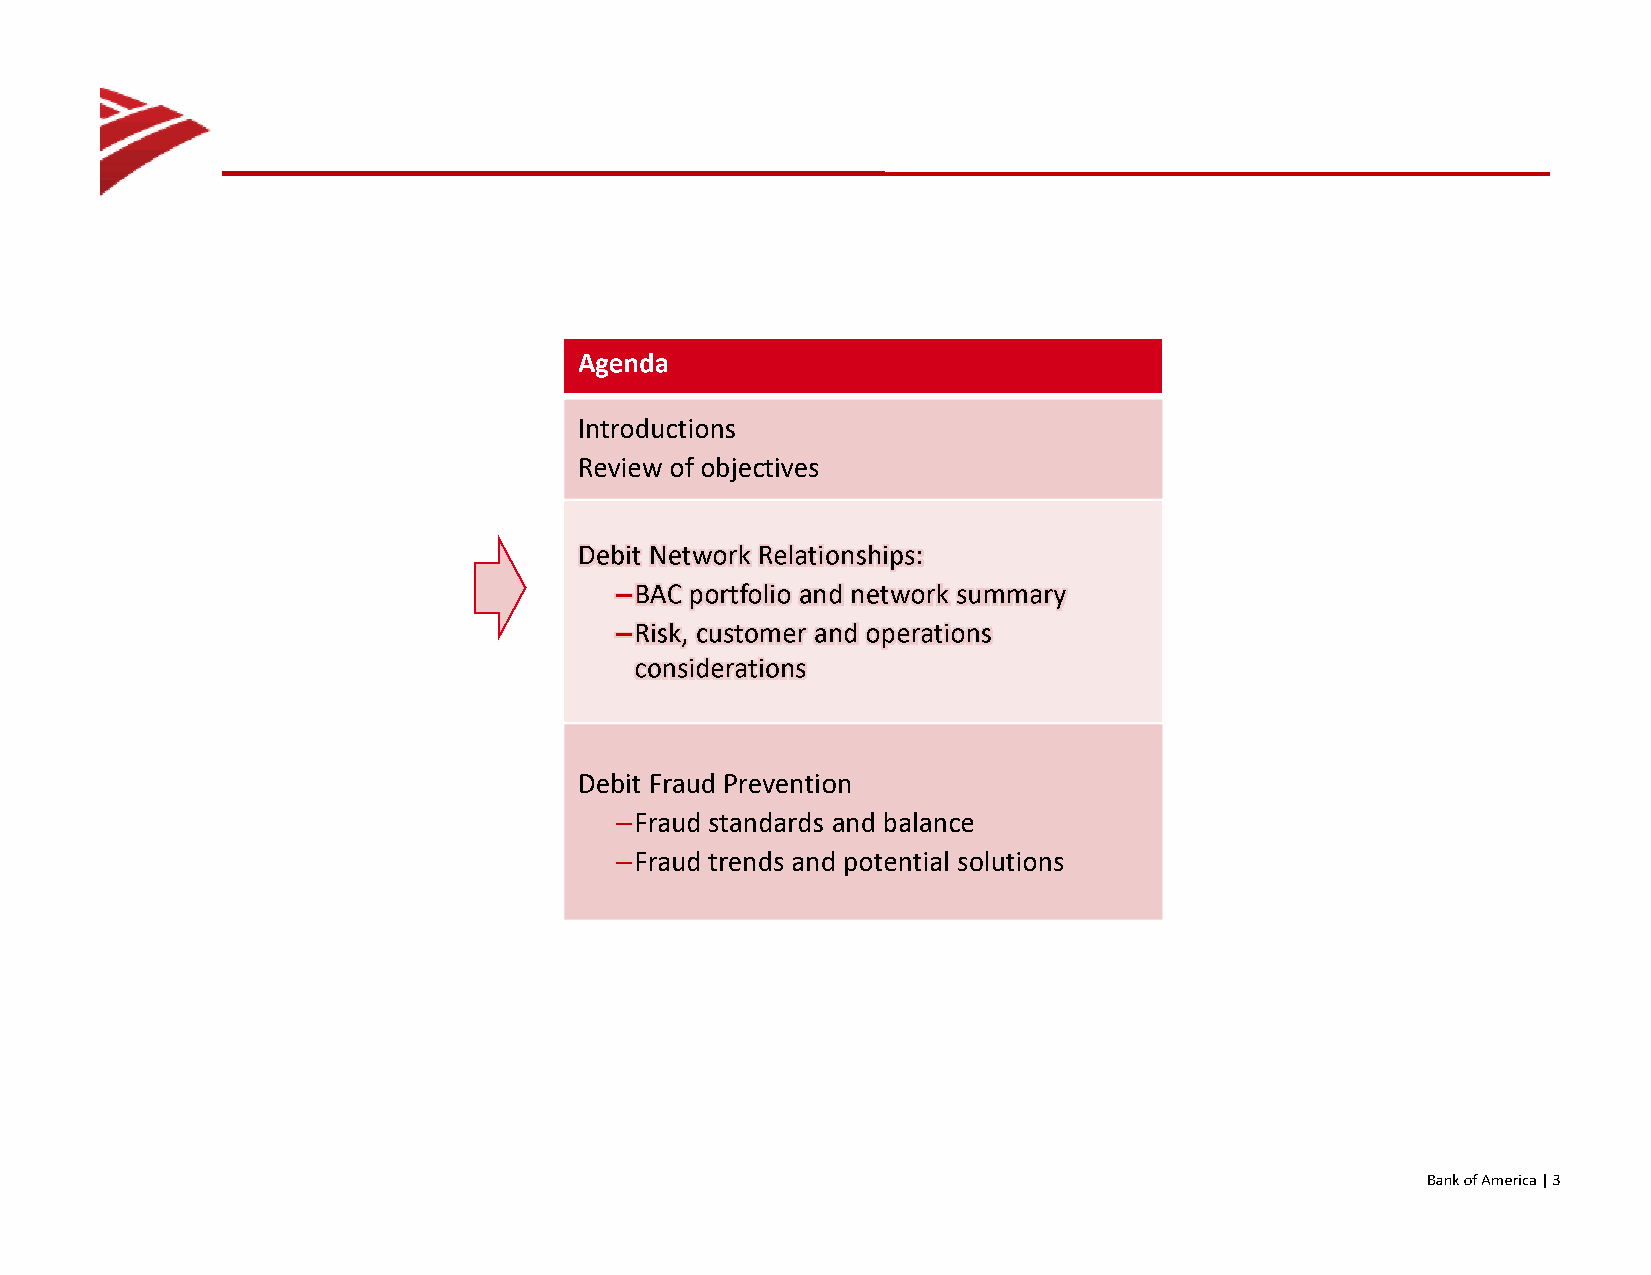
Agenda
 Introductions
 Review of objectives
 Debit Network Relationships:
 - BAC portfolio and network summary
 -Risk, customer and operations
 considerations
 Debit Fraud Prevention
 -Fraud standards and balance
 -Fraud trends and potential solutions
 [There is an arrow pointing to the Debit Network Relationships category.]